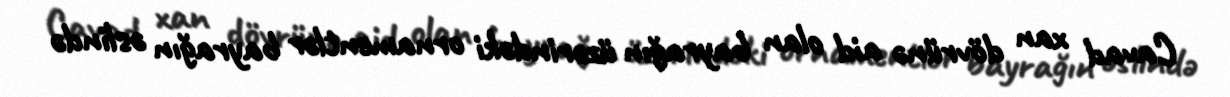
Cavad xan dövrünə aid olan bayrağın üzərindəki ornamentlər bayrağın əslində